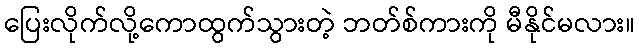
ပြေးလိုက်လို့ကောထွက်သွားတဲ့ ဘတ်စ်ကားကို မီနိုင်မလား။